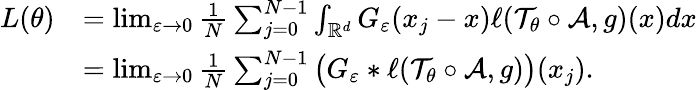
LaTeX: \begin{array}{rl}{L(\theta)}&{=\operatorname*{lim}_{\varepsilon\rightarrow 0}\frac{1}{N}\sum_{j=0}^{N-1}\int_{\mathbb{R}^{d}}G_{\varepsilon}(x_{j}-x)\ell(\mathcal{T}_{\theta}\circ\mathcal A,g)(x)dx}\\ &{=\operatorname*{lim}_{\varepsilon\rightarrow 0}\frac{1}{N}\sum_{j=0}^{N-1}\big(G_{\varepsilon}\ast\ell(\mathcal{T}_{\theta}\circ\mathcal A,g)\big)(x_{j}).}\end{array}